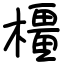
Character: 橿